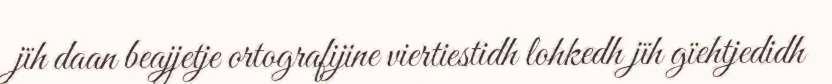
jïh daan beajjetje ortografijine viertiestidh lohkedh jïh gïehtjedidh